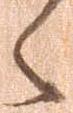
々